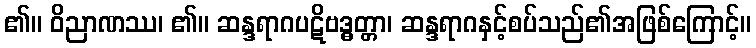
၏။ ဝိညာဏဿ၊ ၏။ ဆန္ဒရာဂပဋိဗဒ္ဓတ္တာ၊ ဆန္ဒရာဂနှင့်စပ်သည်၏အဖြစ်ကြောင့်။